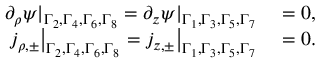
\begin{array} { r l } { \partial _ { \rho } \psi | _ { \Gamma _ { 2 } , \Gamma _ { 4 } , \Gamma _ { 6 } , \Gamma _ { 8 } } = \partial _ { z } \psi | _ { \Gamma _ { 1 } , \Gamma _ { 3 } , \Gamma _ { 5 } , \Gamma _ { 7 } } } & { { } = 0 , } \\ { j _ { \rho , \pm } \big | _ { \Gamma _ { 2 } , \Gamma _ { 4 } , \Gamma _ { 6 } , \Gamma _ { 8 } } = j _ { z , \pm } \big | _ { \Gamma _ { 1 } , \Gamma _ { 3 } , \Gamma _ { 5 } , \Gamma _ { 7 } } } & { { } = 0 . } \end{array}